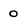
Character: o